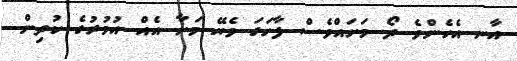
އާނ އެހެންވެ ދޯ މަށައްވެސް ފާހަގަ ވެޔޭ މަށާ އެއް އުމުރުގެ ކުދިން